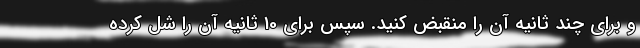
و برای چند ثانیه آن را منقبض کنید. سپس برای 10 ثانیه آن را شل کرده